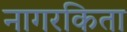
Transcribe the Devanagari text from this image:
नागरकिता